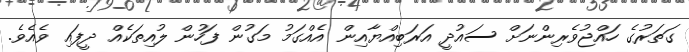
ގަތަރުގެ ހައްޖުވެރިންނަށް ސައުދީ އަރަބިއްޔާއިން އެއްގަމު މަގުން ފަހުން ލުއިތަކެއް ދީފައި ވެއެވެ.